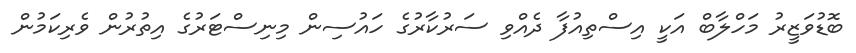
ބޮޑުވަޒީރު މަހްލާބް އަކީ އިސްތިއުފާ ދެއްވި ސަރުކާރުގެ ހައުސިން މިނިސްޓަރުގެ އިތުރުން ވެރިކަމުން